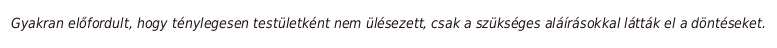
Gyakran előfordult, hogy ténylegesen testületként nem ülésezett, csak a szükséges aláírásokkal látták el a döntéseket.